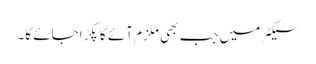
سیکٹر میں جب بھی ملزم آئے گا پکڑا جائے گا۔